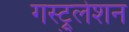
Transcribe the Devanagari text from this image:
गस्ट्रुलेशन